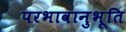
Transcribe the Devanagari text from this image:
परभावानुभूति